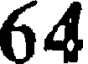
64